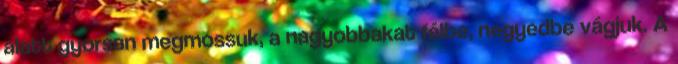
alatt gyorsan megmossuk, a nagyobbakat félbe, negyedbe vágjuk. A